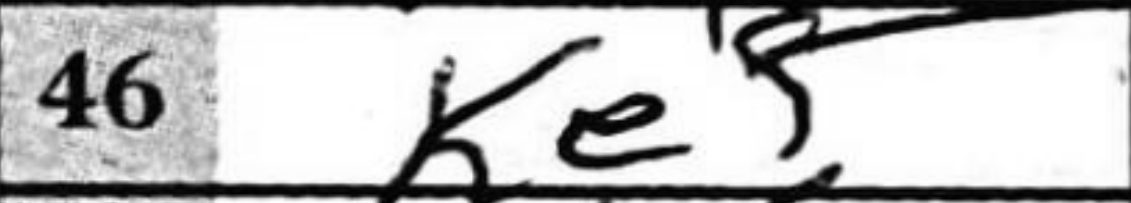
Transcription: Ke5